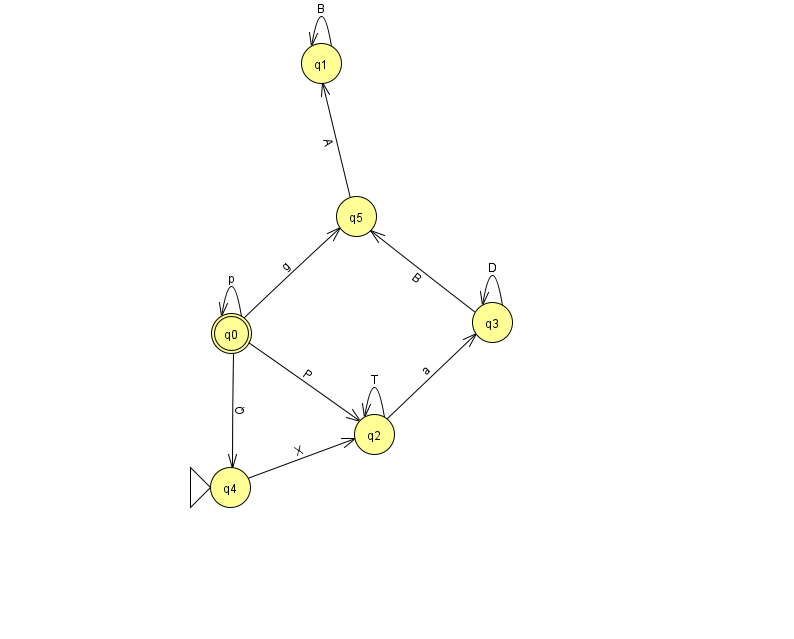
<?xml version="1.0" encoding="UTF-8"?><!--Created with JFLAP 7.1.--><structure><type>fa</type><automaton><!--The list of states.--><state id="0" name="q0"><x>231.0</x><y>320.0</y><final/></state><state id="1" name="q1"><x>321.0</x><y>50.0</y></state><state id="2" name="q2"><x>374.0</x><y>421.0</y></state><state id="3" name="q3"><x>492.0</x><y>309.0</y></state><state id="4" name="q4"><x>230.0</x><y>474.0</y><initial/></state><state id="5" name="q5"><x>356.0</x><y>203.0</y></state><!--The list of transitions.--><transition><from>0</from><to>0</to><read>p</read></transition><transition><from>3</from><to>5</to><read>B</read></transition><transition><from>1</from><to>1</to><read>B</read></transition><transition><from>2</from><to>2</to><read>T</read></transition><transition><from>2</from><to>3</to><read>a</read></transition><transition><from>3</from><to>3</to><read>D</read></transition><transition><from>0</from><to>4</to><read>Q</read></transition><transition><from>5</from><to>1</to><read>A</read></transition><transition><from>4</from><to>2</to><read>X</read></transition><transition><from>0</from><to>2</to><read>P</read></transition><transition><from>0</from><to>5</to><read>g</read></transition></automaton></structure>